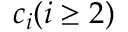
c _ { i } ( i \geq 2 )